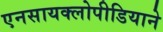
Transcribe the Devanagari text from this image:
एनसायक्लोपीडियाने